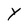
Character: Y